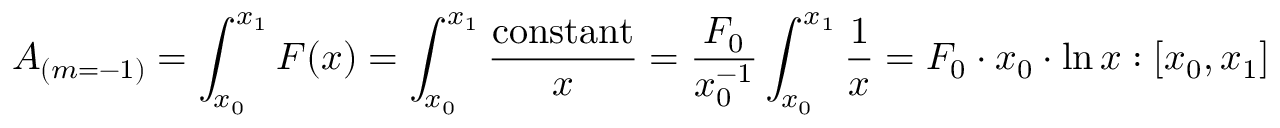
A _ { ( m = - 1 ) } = \int _ { x _ { 0 } } ^ { x _ { 1 } } F ( x ) = \int _ { x _ { 0 } } ^ { x _ { 1 } } { \frac { \mathrm { c o n s t a n t } } { x } } = { \frac { F _ { 0 } } { x _ { 0 } ^ { - 1 } } } \int _ { x _ { 0 } } ^ { x _ { 1 } } { \frac { 1 } { x } } = F _ { 0 } \cdot x _ { 0 } \cdot \ln x : [ x _ { 0 } , x _ { 1 } ]